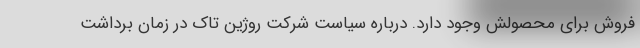
فروش برای محصولش وجود دارد. درباره سیاست شرکت روژین تاک در زمان برداشت